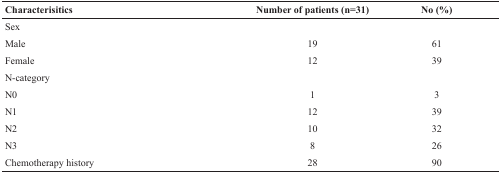
<table><thead><tr><td><b>Characterisitics</b></td><td><b>Number of patients (n=31)</b></td><td><b>No (%)</b></td></tr></thead><tbody><tr><td colspan="3">Sex</td></tr><tr><td>Male</td><td>19</td><td>61</td></tr><tr><td>Female</td><td>12</td><td>39</td></tr><tr><td colspan="3">N-category</td></tr><tr><td>N0</td><td>1</td><td>3</td></tr><tr><td>N1</td><td>12</td><td>39</td></tr><tr><td>N2</td><td>10</td><td>32</td></tr><tr><td>N3</td><td>8</td><td>26</td></tr><tr><td>Chemotherapy history</td><td>28</td><td>90</td></tr></tbody></table>